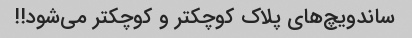
ساندویچ‌های پلاک کوچکتر و کوچکتر می‌شود!!